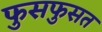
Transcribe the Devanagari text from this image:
फुसफुसत